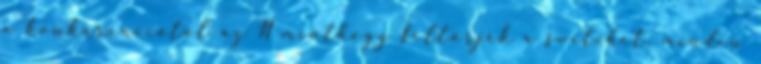
a konkurenciától az N minthogy feltörjék a switchet, minden